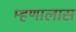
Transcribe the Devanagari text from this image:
म्हणालास